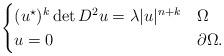
LaTeX: \begin{align*}\begin{cases}(u^{\star})^k\det D^2u = \lambda |u|^{n+k} &\Omega\\u=0 &\partial\Omega.\end{cases}\end{align*}